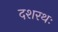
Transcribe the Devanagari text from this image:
दशरथः